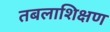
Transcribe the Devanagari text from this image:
तबलाशिक्षण